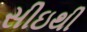
સીઇથી